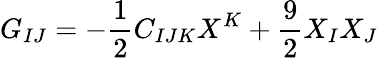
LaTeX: G_{IJ}=-{\frac{1}{2}}C_{IJK}X^{K}+{\frac{9}{2}}X_{I}X_{J}